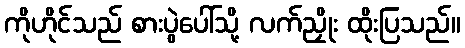
ကိုဟိုင်သည် စားပွဲပေါ်သို့ လက်ညှိုး ထိုးပြသည်။